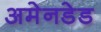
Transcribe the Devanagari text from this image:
अमेनडेड